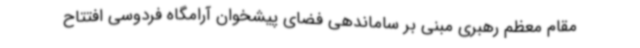
مقام معظم رهبری مبنی بر ساماندهی فضای پیشخوان آرامگاه فردوسی افتتاح